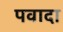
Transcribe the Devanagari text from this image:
पवादा